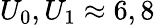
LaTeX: U_{0},U_{1}\approx 6,8